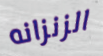
الزنزانه